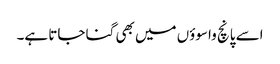
اسے پانچ واسوؤں میں بھی گنا جاتا ہے۔